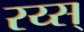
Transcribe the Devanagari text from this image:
रय्स्